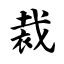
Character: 裁